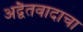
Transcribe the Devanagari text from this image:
अद्वैतवादाचा